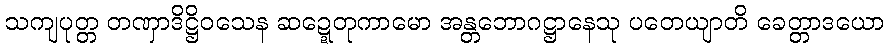
သကျပုတ္တ တဏှာဒိဋ္ဌိဝသေန ဆဍ္ဍေတုကာမော အန္တဘောဂဋ္ဌာနေသု ပတေယျာတိ ခေတ္တာဒယော